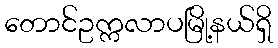
တောင်ဥက္ကလာပမြို့နယ်ရှိ